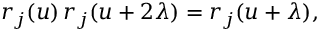
r _ { j } ( u ) \, r _ { j } ( u + 2 \lambda ) = r _ { j } ( u + \lambda ) ,